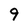
Character: 9